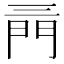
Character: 𨳔